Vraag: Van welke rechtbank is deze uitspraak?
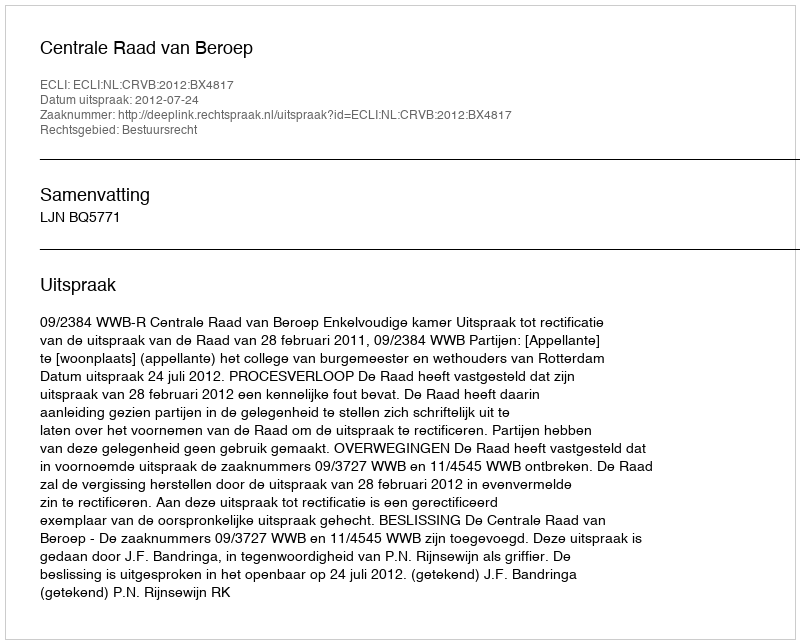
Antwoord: Centrale Raad van Beroep